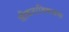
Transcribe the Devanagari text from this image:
जीवनाविषयक